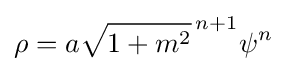
\rho =a{\sqrt {1+m^{2}}}^{\,n+1}\psi ^{n}